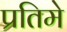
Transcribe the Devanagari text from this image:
प्रतिमे